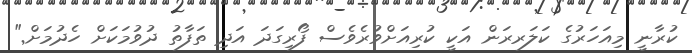
ކުރާނީ މިއަހަރުގެ ކަލަރރަން އަކީ ކުރިއަށްވުރެވެސް ފޯރިގަދަ އަދި ތަފާތު ދުވުމަކަށް ހެދުމަށް